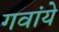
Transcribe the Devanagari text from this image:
गवांये